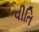
વીતિ